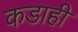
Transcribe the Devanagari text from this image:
कडाही